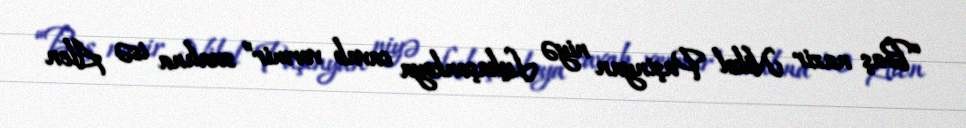
“Baş nazir Nikol Paşinyan niyə Lukaşenkoya cavab vermir” sualına isə Alen